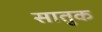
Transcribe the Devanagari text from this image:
सातुक